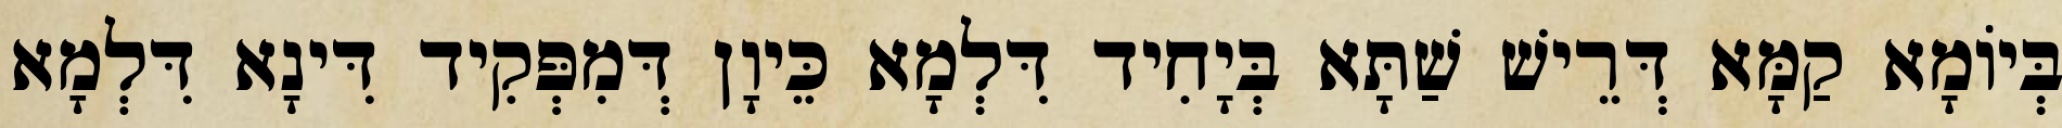
בְּיוֹמָא קַמָּא דְּרֵישׁ שַׁתָּא בְּיָחִיד דִּלְמָא כֵּיוָן דְּמִפְּקִיד דִּינָא דִּלְמָא